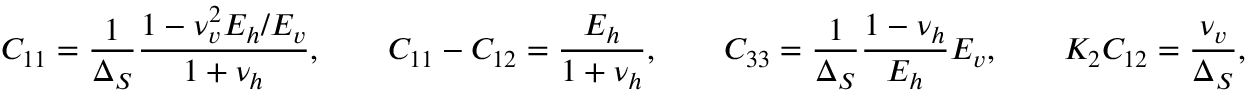
C _ { 1 1 } = \frac { 1 } { \Delta _ { S } } \frac { 1 - \nu _ { v } ^ { 2 } E _ { h } / E _ { v } } { 1 + \nu _ { h } } , \qquad C _ { 1 1 } - C _ { 1 2 } = \frac { E _ { h } } { 1 + \nu _ { h } } , \qquad C _ { 3 3 } = \frac { 1 } { \Delta _ { S } } \frac { 1 - \nu _ { h } } { E _ { h } } E _ { v } , \qquad K _ { 2 } C _ { 1 2 } = \frac { \nu _ { v } } { \Delta _ { S } } ,